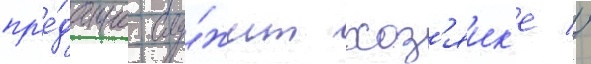
пр'е́данно слу́жит хоз'яик'е //